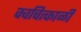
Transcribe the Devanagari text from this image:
क्वचित्काळी